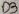
Text: D3